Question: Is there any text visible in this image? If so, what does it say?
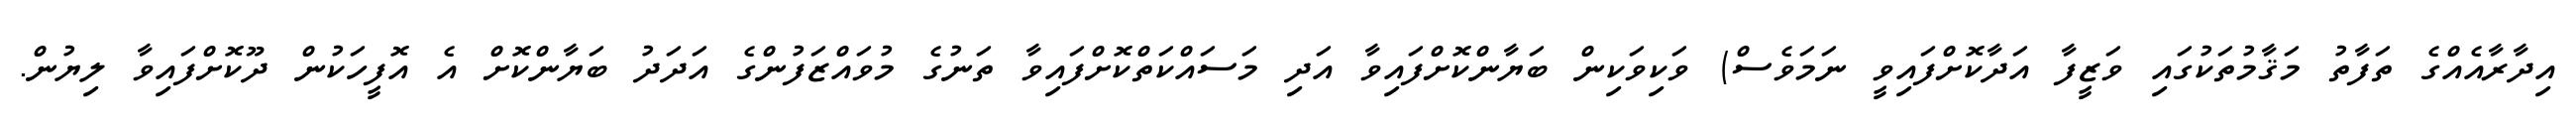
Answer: އިދާރާއެއްގެ ތަފާތު މަޤާމުތަކުގައި ވަޒީފާ އަދާކޮށްފައިވީ ނަމަވެސް) ވަކިވަކިން ބަޔާންކޮށްފައިވާ އަދި މަސައްކަތްކޮށްފައިވާ ތަނުގެ މުވައްޒަފުންގެ އަދަދު ބަޔާންކޮށް އެ އޮފީހަކުން ދޫކޮށްފައިވާ ލިޔުން.